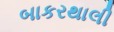
બાકરથાલી